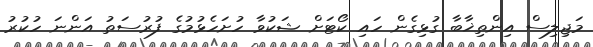
މަޖިލިސް އިންތިޚާބާ ގުޅިގެން ހައި ކޯޓަށް ޝަކުވާ ހުށަހެޅުމުގެ ފުރުސަތު އަންނަ ހުކުރު